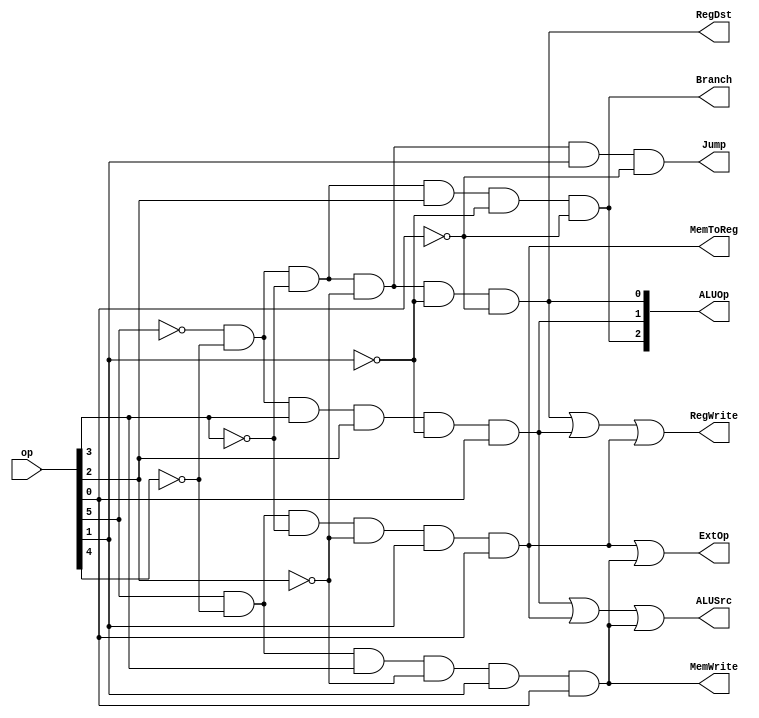
module simple_processor (
    input [5:0] op,
    output RegDst,
    output ALUSrc,
    output MemToReg,
    output RegWrite,
    output MemWrite,
    output Branch,
    output Jump,
    output ExtOp,
    output [2:0] ALUOp
);

  // tags
  assign r_type = ~op[5] & ~op[4] & ~op[3] & ~op[2] & ~op[1] & ~op[0];
  assign ori = ~op[5] & ~op[4] & op[3] & op[2] & ~op[1] & op[0];
  assign lw = op[5] & ~op[4] & ~op[3] & ~op[2] & op[1] & op[0];
  assign sw = op[5] & ~op[4] & op[3] & ~op[2] & op[1] & op[0];
  assign beq = ~op[5] & ~op[4] & ~op[3] & op[2] & ~op[1] & ~op[0];
  assign jump = ~op[5] & ~op[4] & ~op[3] & ~op[2] & op[1] & ~op[0];

  // control float signals
  assign RegDst = r_type;
  assign ALUSrc = ori | lw | sw;
  assign MemToReg = lw;
  assign RegWrite = r_type | ori | lw;
  assign MemWrite = sw;
  assign Branch = beq;
  assign Jump = jump;
  assign ExtOp = lw | sw;

  // alu operation signals
  assign ALUOp[2] = beq;
  assign ALUOp[1] = ori;
  assign ALUOp[0] = r_type;

endmodule  //simple_processor